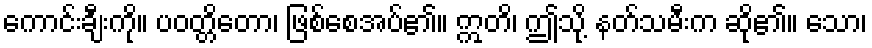
ကောင်းချီးကို။ ပဝတ္တိတော၊ ဖြစ်စေအပ်၏။ ဣတိ၊ ဤသို့ နတ်သမီးက ဆို၏။ သော၊